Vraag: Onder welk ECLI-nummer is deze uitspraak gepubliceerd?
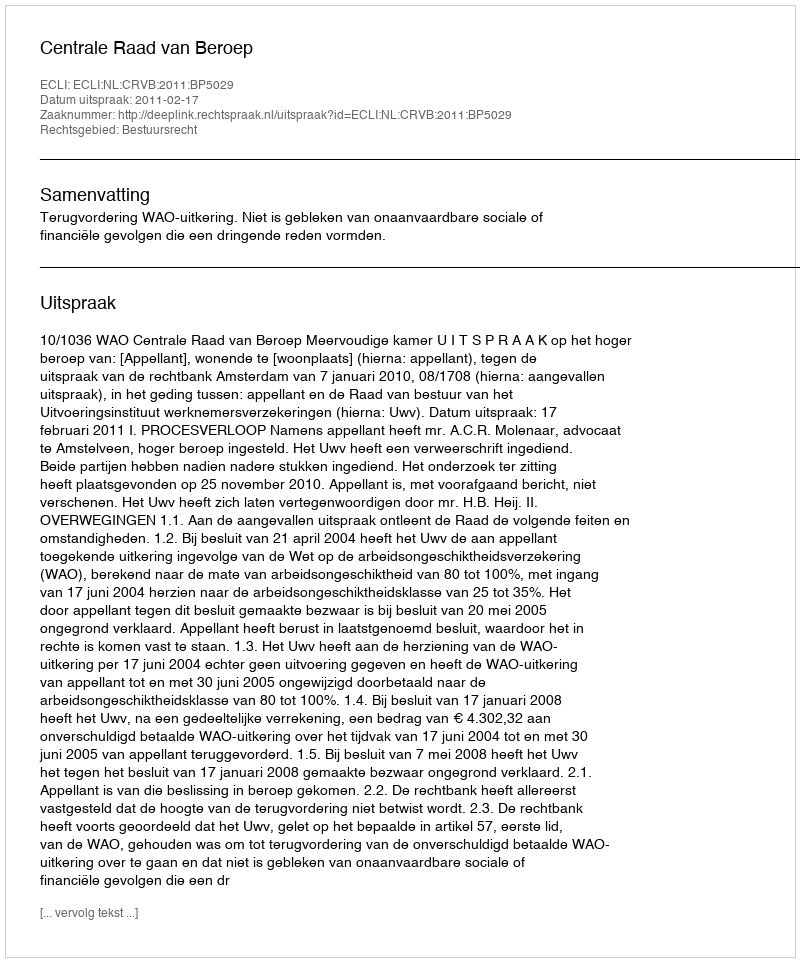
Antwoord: ECLI:NL:CRVB:2011:BP5029